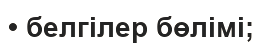
• белгілер бөлімі;